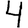
Digit: 4